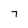
Character: 7